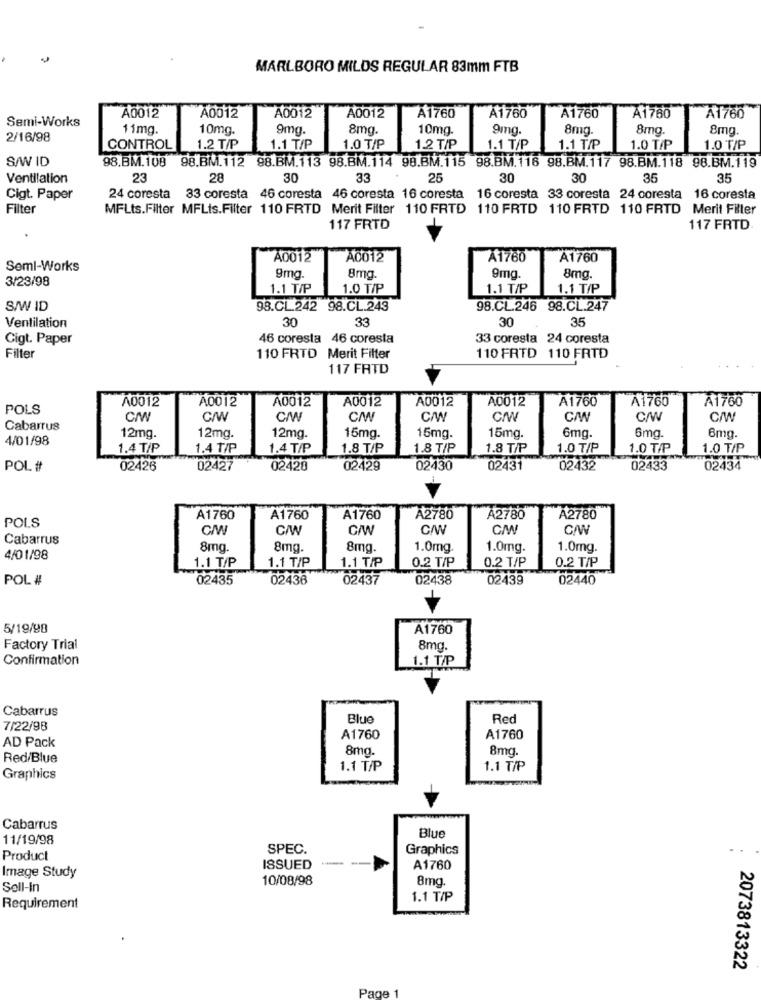
MARLBORO MILDS REGULAR 83mm FTB
A1760
Semi-Works
A0012
A0012
A0012
A0012
A1760
A1760
A1760
A1780
11mg.
10mg.
9mg.
8mg.
10mg.
9mg.
8mg.
8mg.
8mg.
2/16/98
CONTROL
1.2 T/P
1.1 T/P
1.0 T/P
1.2 T/P
1.1 T/P
1.1 T/P
1.0 T/P
1.0 T/P
S/W ID
98.BM.108 98.BM.112 98.BM.113 98.BM.114 99.BM.115 98.BM.116 98.BM.117 98.BM.118 98.BM.119
Ventilation
23
28
30
33
25
30
30
35
35
Cigt. Paper
24 coresta 33 coresta 46 coresta 46 coresta 16 coresta 16 coresta 33 coresta 24 coresta 16 coresta
Filter
MFLts.Filter MFLis.Filter 110 FRTD Merit Filter 110 FRTD 110 FRTD 110 FRTD 110 FRTD Merit Filler
117 FRTD
117 FRTD
A0012
A0012
A1780
A1760
Semi-Works
3/23/98
9mg.
8mg
9mg.
8mg.
1.1 T/P
1.0 T/P
1.1 T/P
1.1 T/P
S/W ID
98.CL242 98.CL.249
98.CL.246 98.CL.247
Ventilation
30
33
30
35
Cigt. Paper
46 coresta 46 coresta
33 coresta 24 coresta
Filter
110 FRTD Merit Filter
110 FRTD 110 FRTD
117 FRTD
A0012
A0012
A0012
A0012
A0012
A0012
A1760
A1760
A1760
POLS
C/W
C/W
C/W
C/W
C/W
C/W
C/W
Cabarrus
4/01/98
12mg.
12mg.
12mg
15mg.
15mg.
15mg.
6mg.
6mg
6mg
1.4 T/P
1.4 T/P
1.4 T/P
1.8 T/P
1.8 T/P
1.8 T/P
1.0 T/P
1.0 T/P
1.0 T/P
POL #
02426
02427
02428
02429
02430
02431
02432
02433
02434
A1760
A1760
A1760
A2780
A2780
A2780
POLS
C/W
C/W
CM
C/W
Cabarrus
8mg.
8mg.
8mg.
1.0mg.
1.0mg.
1.0mg.
4/01/98
1.1 T/P
1.1 T/P
0.2 T/P
0.2 T/P
0.2 T/P
1.1 T/P
POL #
02435
02436
02437
02438
02439
02440
5/19/98
A1760
Factory Trial
8mg.
Confirmation
1.1 T/P
Cabarrus
Blue
Red
7/22/98
A1760
A1760
AD Pack
8mg.
8mg.
Red/Blue
1.1 T/P
1.1 T/P
Graphics
Cabarrus
Blue
11/19/98
SPEC.
Graphics
Product
Image Study
ISSUED
A1760
10/08/98
8mg
Sell-In
1.1 T/P
Requirement
2073813322
Page